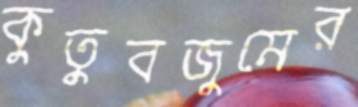
কুতুবজুমের